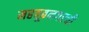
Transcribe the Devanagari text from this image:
महबूबनगरची